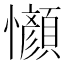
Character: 𫻤